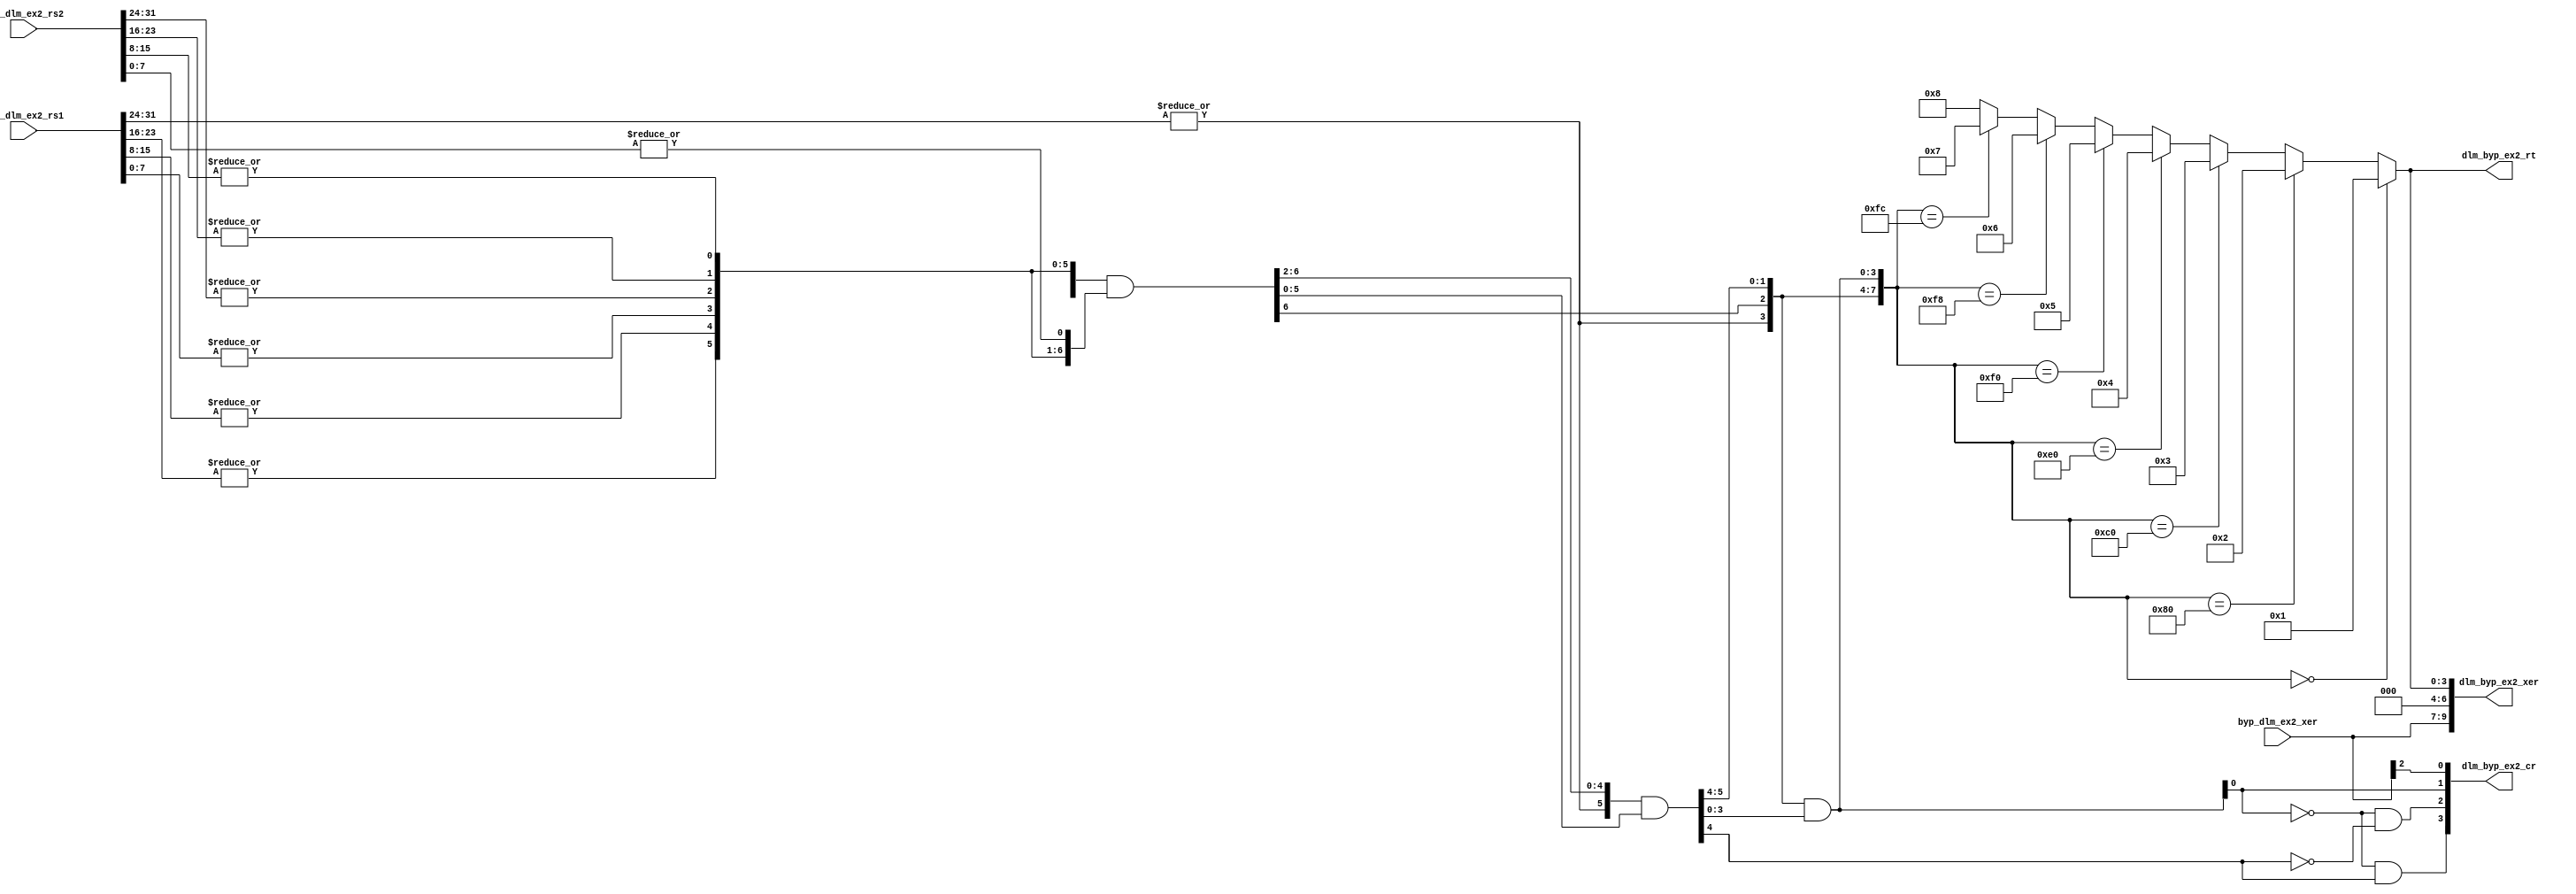
module xu0_dlmzb(
   // Inputs
   input [32:63]  byp_dlm_ex2_rs1,
   input [32:63]  byp_dlm_ex2_rs2,
   input [0:2]    byp_dlm_ex2_xer,

   // Outputs
   output [0:9]   dlm_byp_ex2_xer,
   output [0:3]   dlm_byp_ex2_cr,
   output [60:63] dlm_byp_ex2_rt
);


   wire [0:7]     a;
   wire [0:7]     a0;
   wire [0:7]     a1;
   wire [0:7]     a2;
   wire [0:3]     y;

   // Null == 0
   assign a[0] = |(byp_dlm_ex2_rs1[32:39]);
   assign a[1] = |(byp_dlm_ex2_rs1[40:47]);
   assign a[2] = |(byp_dlm_ex2_rs1[48:55]);
   assign a[3] = |(byp_dlm_ex2_rs1[56:63]);
   assign a[4] = |(byp_dlm_ex2_rs2[32:39]);
   assign a[5] = |(byp_dlm_ex2_rs2[40:47]);
   assign a[6] = |(byp_dlm_ex2_rs2[48:55]);
   assign a[7] = |(byp_dlm_ex2_rs2[56:63]);

   assign a0[1:7] = a[0:6] & a[1:7];
   assign a1[2:7] = a0[0:5] & a0[2:7];
   assign a2[4:7] = a1[0:3] & a1[4:7];

   assign a0[0:0] = a[0:0];
   assign a1[0:1] = a0[0:1];
   assign a2[0:3] = a1[0:3];

   assign y = (a2[0:7] == 8'b00000000) ? 4'b0001 : 		// Null in last  4B
              (a2[0:7] == 8'b10000000) ? 4'b0010 :
              (a2[0:7] == 8'b11000000) ? 4'b0011 :
              (a2[0:7] == 8'b11100000) ? 4'b0100 :
              (a2[0:7] == 8'b11110000) ? 4'b0101 :
              (a2[0:7] == 8'b11111000) ? 4'b0110 :
              (a2[0:7] == 8'b11111100) ? 4'b0111 :
              4'b1000;

   assign dlm_byp_ex2_cr[0] = (~a2[7]) & a2[3];
   assign dlm_byp_ex2_cr[1] = (~a2[7]) & (~a2[3]);		   // Null in first 4B
   assign dlm_byp_ex2_cr[2] = a2[7];		               // Null not found
   assign dlm_byp_ex2_cr[3] = byp_dlm_ex2_xer[0];		   // SO Copy

   assign dlm_byp_ex2_xer = {byp_dlm_ex2_xer[0:2], 3'b000, y[0:3]};

   assign dlm_byp_ex2_rt = y;

endmodule